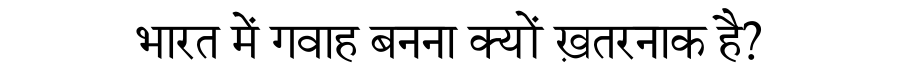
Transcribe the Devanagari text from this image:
भारत में गवाह बनना क्यों ख़तरनाक है?